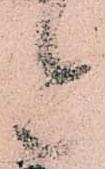
今